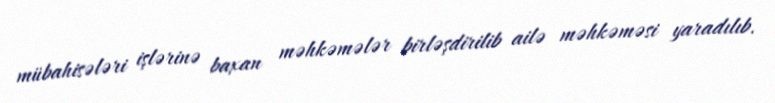
mübahisələri işlərinə baxan məhkəmələr birləşdirilib ailə məhkəməsi yaradılıb.